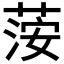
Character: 𦴴